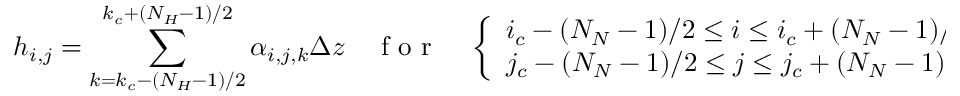
h _ { i , j } = \sum _ { k = k _ { c } - ( N _ { H } - 1 ) / 2 } ^ { k _ { c } + ( N _ { H } - 1 ) / 2 } \alpha _ { i , j , k } \Delta z \quad \mathrm { ~ f ~ o ~ r ~ } \quad \left\{ \begin{array} { l l } { i _ { c } - ( N _ { N } - 1 ) / 2 \le i \le i _ { c } + ( N _ { N } - 1 ) / 2 } \\ { j _ { c } - ( N _ { N } - 1 ) / 2 \le j \le j _ { c } + ( N _ { N } - 1 ) / 2 , } \end{array} \right.